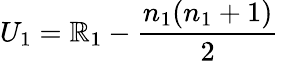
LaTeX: U_{1}=\mathbb{R}_{1}-{\frac{{n_{1}(n_{1}+1)}}{{2}}}\,